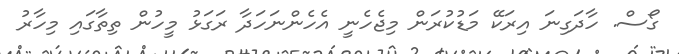
ގޯސް. ހާދަގިނަ އިރަކޭ މަޑުކުރަން މިޖެހެނީ އެހެންނަހަދާ ރަގަޅު މީހުން ތިތާގައި މިހާރު